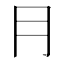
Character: ⺝